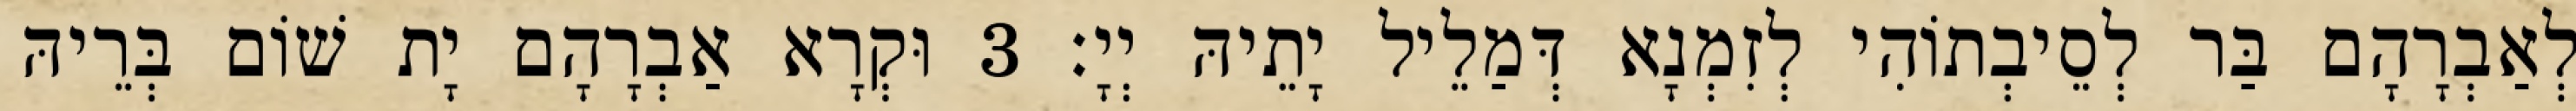
לְאַבְרָהָם בַּר לְסֵיבְתוֹהִי לְזִמְנָא דְּמַלֵיל יָתֵיהּ יְיָ׃ 3 וּקְרָא אַבְרָהָם יָת שׁוֹם בְּרֵיהּ